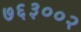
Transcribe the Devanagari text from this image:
७६३००२